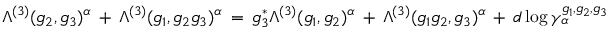
\Lambda ^ { ( 3 ) } ( g _ { 2 } , g _ { 3 } ) ^ { \alpha } \: + \: \Lambda ^ { ( 3 ) } ( g _ { 1 } , g _ { 2 } g _ { 3 } ) ^ { \alpha } \: = \: g _ { 3 } ^ { * } \Lambda ^ { ( 3 ) } ( g _ { 1 } , g _ { 2 } ) ^ { \alpha } \: + \: \Lambda ^ { ( 3 ) } ( g _ { 1 } g _ { 2 } , g _ { 3 } ) ^ { \alpha } \: + \: d \log \gamma _ { \alpha } ^ { g _ { 1 } , g _ { 2 } , g _ { 3 } }